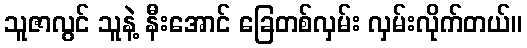
သူဇာလွင် သူနဲ့ နီးအောင် ခြေတစ်လှမ်း လှမ်းလိုက်တယ်။